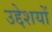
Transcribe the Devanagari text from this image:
उद्देशयों